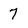
Character: 7